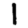
Digit: 1